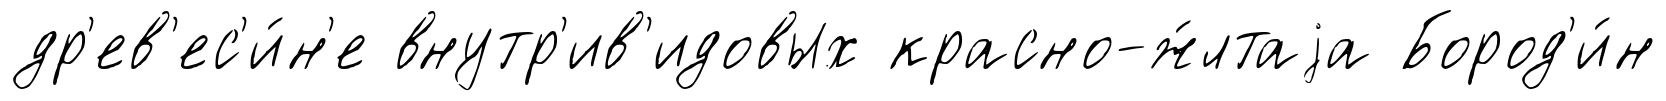
др'ев'ес'и́н'е внутр'ив'идовых красно-ж́лтаjа Бород'и́н